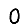
Digit: 0